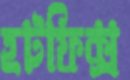
হটফিক্স